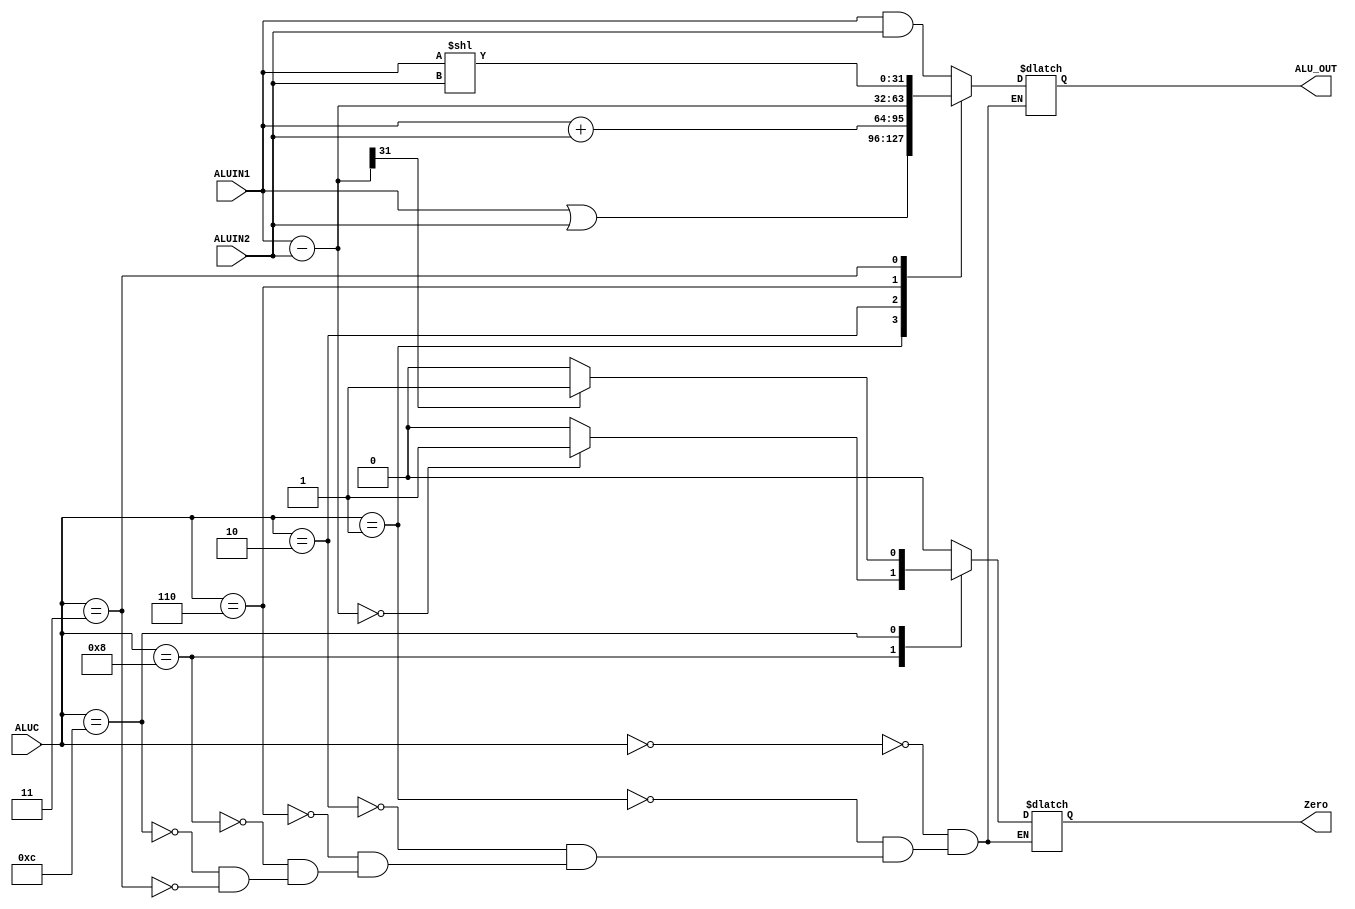
module ALU(ALUIN1, ALUIN2, ALUC, ALU_OUT, Zero);
    input [31:0] ALUIN1;
    input [31:0] ALUIN2;
    input [3:0] ALUC;
    output reg Zero;
    output reg [31:0] ALU_OUT;
    reg [31:0] temp;


    always @(*) begin
        case(ALUC)
            4'b0000:
            begin
                Zero = 0;
                ALU_OUT = ALUIN1 & ALUIN2;
            end
            4'b0001:begin
                Zero = 0;
                ALU_OUT = ALUIN1 | ALUIN2;
            end
            4'b0010:begin
                Zero = 0;
                ALU_OUT = ALUIN1 + ALUIN2;
            end
            4'b0110:begin
                Zero = 0;
                ALU_OUT = ALUIN1 - ALUIN2;
            end
            4'b1000:
            begin
                ALU_OUT = 32'bx;
                temp = ALUIN1 - ALUIN2;
                if (temp == 0) Zero = 1;
                else Zero = 0;
            end
            
            4'b1100: begin
                ALU_OUT = 32'bx;
                temp = ALUIN1 - ALUIN2;
                if (temp[31] == 0) Zero = 0;
                else Zero = 1;
            end
            4'b0011: begin
                Zero = 0;
                ALU_OUT = ALUIN1 << ALUIN2;
            end
            default:;
        endcase
    end

    
endmodule